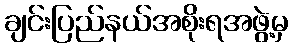
ချင်းပြည်နယ်အစိုးရအဖွဲ့မှ